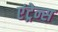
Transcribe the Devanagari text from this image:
एंट्रेन्स